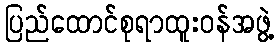
ပြည်ထောင်စုရာထူးဝန်အဖွဲ့